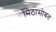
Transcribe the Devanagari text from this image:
मिठासोबत